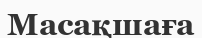
Масақшаға